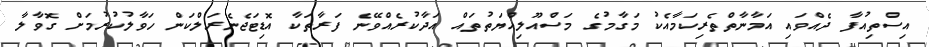
އިސްތިއުފާ ދެއްވައި އަމާނާތްތެރިކަމާއެކު މަގާމުގެ މަސްއޫލިއްޔަތުތައް އަދާކުރެއްވޭނެ ފަރާތަކާ އޮޑިޓަޖެނެރަލްކަން ހަވާލުކުރުމަށް ގޮވާލާ